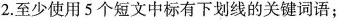
2.至少使用5个短文中标有下划线的关键词语;